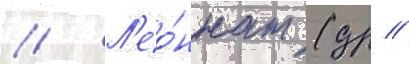
// Л'ео́ннат (др //